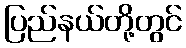
ပြည်နယ်တို့တွင်